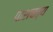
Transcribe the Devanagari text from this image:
पाशचत्य